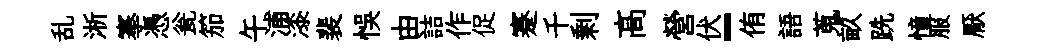
乱淅搴憑瓮笳午浦漆裴悞由詰作促蹇千剰髙營伏-侑語蒐畝跣憧服厭